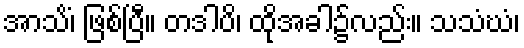
အာသိံ၊ ဖြစ်ပြီ။ တဒါပိ၊ ထိုအခါ၌လည်း။ သသံဃံ၊